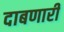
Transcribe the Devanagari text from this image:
दाबणारी